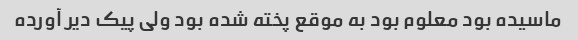
ماسیده بود معلوم بود به موقع پخته شده بود ولی پیک دیر آورده